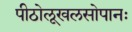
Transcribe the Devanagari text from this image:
पीठोलूखलसोपानः